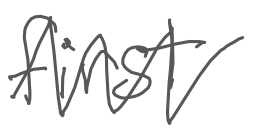
Text: first
Cross-out: zig-zag
Writing tool: digital_gray